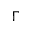
\Gamma